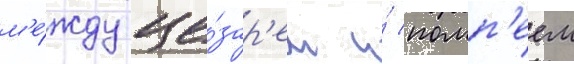
м'е́жду це́зар'ем и́ помп'еем